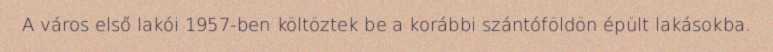
A város első lakói 1957-ben költöztek be a korábbi szántóföldön épült lakásokba.